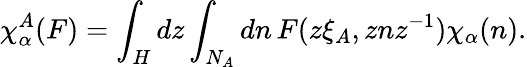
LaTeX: \chi_{\alpha}^{A}(F)=\int_{H}dz\int_{N_{A}}dn\, F(z\xi_{A},znz^{-1})\chi_{\alpha}(n).